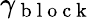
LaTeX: \gamma_{\mathrm{~b~l~o~c~k~}}